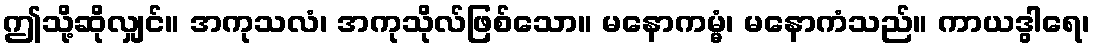
ဤသို့ဆိုလျှင်။ အကုသလံ၊ အကုသိုလ်ဖြစ်သော။ မနောကမ္မံ၊ မနောကံသည်။ ကာယဒွါရေ၊